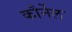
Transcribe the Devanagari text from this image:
कौर्नेल